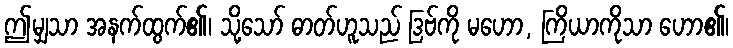
ဤမျှသာ အနက်ထွက်၏၊ သို့သော် ဓာတ်ဟူသည် ဒြဗ်ကို မဟော, ကြိယာကိုသာ ဟော၏၊